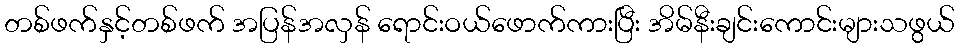
တစ်ဖက်နှင့်တစ်ဖက် အပြန်အလှန် ရောင်းဝယ်ဖောက်ကားပြီး အိမ်နီးချင်းကောင်းများသဖွယ်